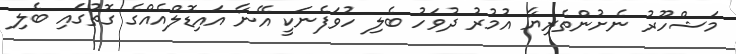
މަޝްހޫރު ނެށުންތެރިޔާ އުމުރު ދުވަހު ބެލި ހުވަފެނަކީ އޭނާ އައިޑޮލްއެއްގެ ގޮތުގައި ބެލި